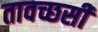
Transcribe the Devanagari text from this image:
तावच्छसी